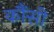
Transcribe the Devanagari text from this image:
कौंसी